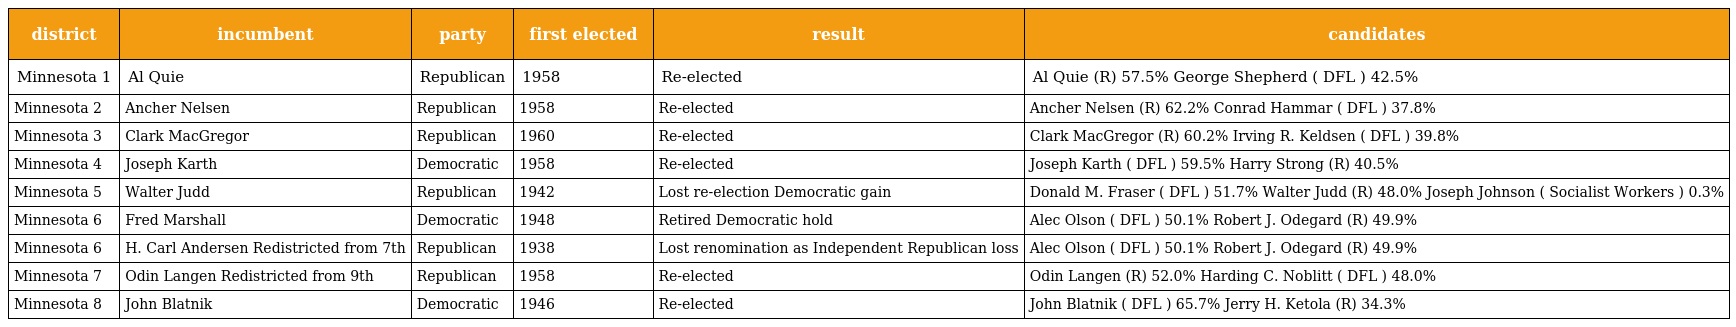
| district | incumbent | party | first elected | result | candidates |
 | --- | --- | --- | --- | --- | --- |
 | Minnesota 1 | Al Quie | Republican | 1958 | Re-elected | Al Quie (R) 57.5% George Shepherd ( DFL ) 42.5% |
 | Minnesota 2 | Ancher Nelsen | Republican | 1958 | Re-elected | Ancher Nelsen (R) 62.2% Conrad Hammar ( DFL ) 37.8% |
 | Minnesota 3 | Clark MacGregor | Republican | 1960 | Re-elected | Clark MacGregor (R) 60.2% Irving R. Keldsen ( DFL ) 39.8% |
 | Minnesota 4 | Joseph Karth | Democratic | 1958 | Re-elected | Joseph Karth ( DFL ) 59.5% Harry Strong (R) 40.5% |
 | Minnesota 5 | Walter Judd | Republican | 1942 | Lost re-election Democratic gain | Donald M. Fraser ( DFL ) 51.7% Walter Judd (R) 48.0% Joseph Johnson ( Socialist Workers ) 0.3% |
 | Minnesota 6 | Fred Marshall | Democratic | 1948 | Retired Democratic hold | Alec Olson ( DFL ) 50.1% Robert J. Odegard (R) 49.9% |
 | Minnesota 6 | H. Carl Andersen Redistricted from 7th | Republican | 1938 | Lost renomination as Independent Republican loss | Alec Olson ( DFL ) 50.1% Robert J. Odegard (R) 49.9% |
 | Minnesota 7 | Odin Langen Redistricted from 9th | Republican | 1958 | Re-elected | Odin Langen (R) 52.0% Harding C. Noblitt ( DFL ) 48.0% |
 | Minnesota 8 | John Blatnik | Democratic | 1946 | Re-elected | John Blatnik ( DFL ) 65.7% Jerry H. Ketola (R) 34.3% |